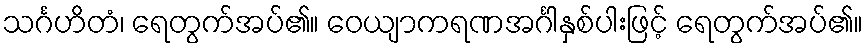
သင်္ဂဟိတံ၊ ရေတွက်အပ်၏။ ဝေယျာကရဏအင်္ဂါနှစ်ပါးဖြင့် ရေတွက်အပ်၏။